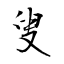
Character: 叟